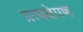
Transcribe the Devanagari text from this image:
प्रत्यक्षेपण